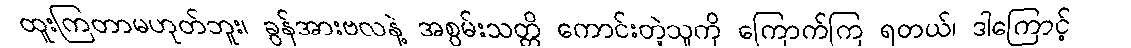
ထူးကြတာမဟုတ်ဘူး၊ ခွန်အားဗလနဲ့ အစွမ်းသတ္တိ ကောင်းတဲ့သူကို ကြောက်ကြ ရတယ်၊ ဒါကြောင့်